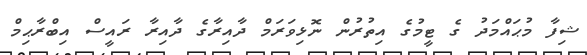
ޝިފާ މުޙައްމަދު ގެ ޓީމުގެ އިތުރުން ނޮޅިވަރަމް ދާއިރާގެ ދާއިރާ ރައީސް އިބްރާޙިމް